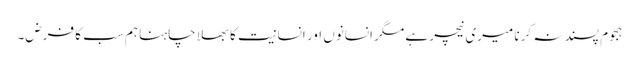
ہجوم پسند نہ کرنا میری نیچر ہے مگر انسانوں اور انسانیت کا بھلا چاہنا ہم سب کا فرض۔